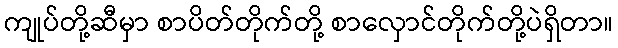
ကျုပ်တို့ဆီမှာ စာပိတ်တိုက်တို့ စာလှောင်တိုက်တို့ပဲရှိတာ။